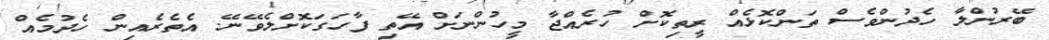
ބޭރުންލާ ހެދުންވެސް ތަންކޮޅެއް ރީތިކޮށް ހުރެއްޖާ މީހުންނަށް އޭތި ފާހަގަކޮށްލެވޭނޭ. އެތެރެއިން ހެދުމެއް